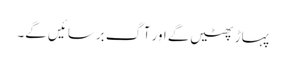
پہاڑ پھٹیں گے اور آگ برسائیں گے۔